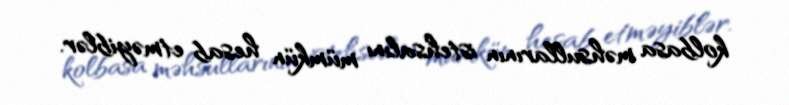
kolbasa məhsullarının istehsalını mümkün hesab etməyiblər.